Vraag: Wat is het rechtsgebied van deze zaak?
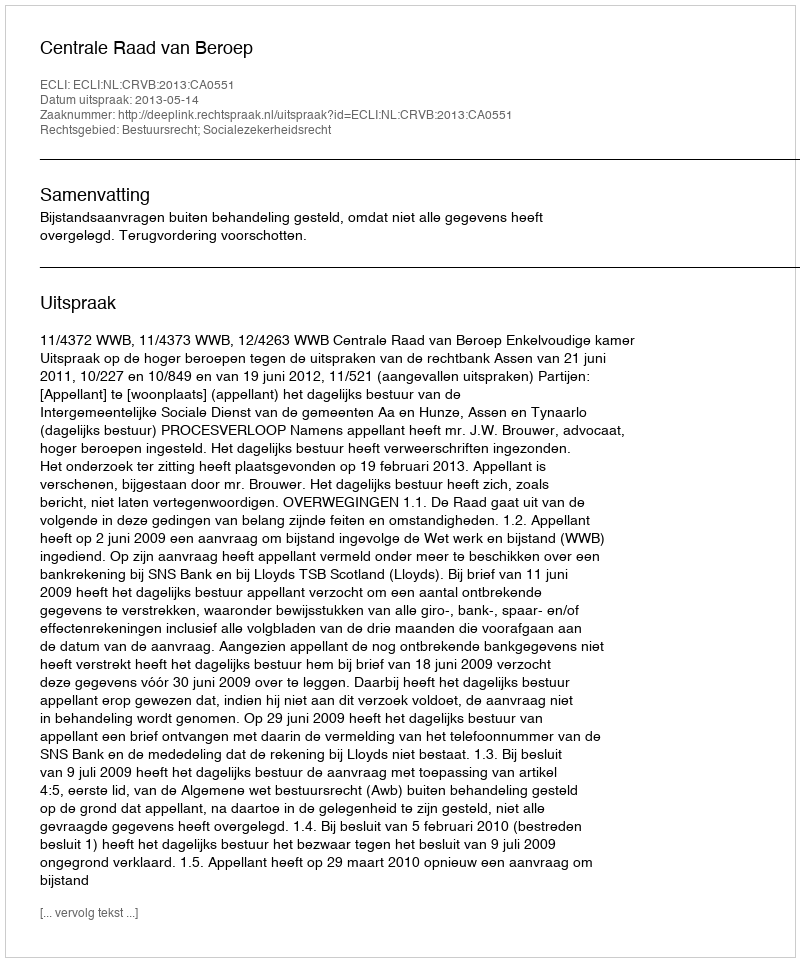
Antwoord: Bestuursrecht; Socialezekerheidsrecht